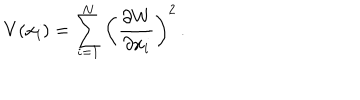
LaTeX: V ( x _ { i } ) = \sum _ { i = 1 } ^ { N } \left( \frac { \partial W } { \partial x _ { i } } \right) ^ { 2 } \, .